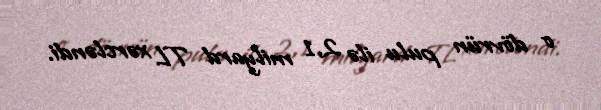
o dövrün pulu ilə 2,1 milyard TL xərcləndi.